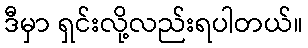
ဒီမှာ ရှင်းလို့လည်းရပါတယ်။